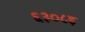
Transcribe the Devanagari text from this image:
६३०८इ